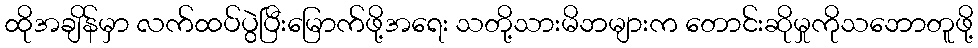
ထိုအချိန်မှာ လက်ထပ်ပွဲပြီးမြောက်ဖို့အရေး သတို့သားမိဘများက တောင်းဆိုမှုကိုသဘောတူဖို့